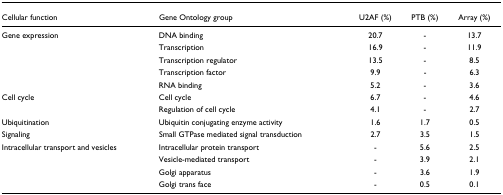
<table><thead><tr><td><b>Cellular function</b></td><td><b>Gene Ontology group</b></td><td><b>U2AF (%)</b></td><td><b>PTB (%)</b></td><td><b>Array (%)</b></td></tr></thead><tbody><tr><td>Gene expression</td><td>DNA binding</td><td>20.7</td><td>-</td><td>13.7</td></tr><tr><td></td><td>Transcription</td><td>16.9</td><td>-</td><td>11.9</td></tr><tr><td></td><td>Transcription regulator</td><td>13.5</td><td>-</td><td>8.5</td></tr><tr><td></td><td>Transcription factor</td><td>9.9</td><td>-</td><td>6.3</td></tr><tr><td></td><td>RNA binding</td><td>5.2</td><td>-</td><td>3.6</td></tr><tr><td>Cell cycle</td><td>Cell cycle</td><td>6.7</td><td>-</td><td>4.6</td></tr><tr><td></td><td>Regulation of cell cycle</td><td>4.1</td><td>-</td><td>2.7</td></tr><tr><td>Ubiquitination</td><td>Ubiquitin conjugating enzyme activity</td><td>1.6</td><td>1.7</td><td>0.5</td></tr><tr><td>Signaling</td><td>Small GTPase mediated signal transduction</td><td>2.7</td><td>3.5</td><td>1.5</td></tr><tr><td>Intracellular transport and vesicles</td><td>Intracellular protein transport</td><td>-</td><td>5.6</td><td>2.5</td></tr><tr><td></td><td>Vesicle-mediated transport</td><td>-</td><td>3.9</td><td>2.1</td></tr><tr><td></td><td>Golgi apparatus</td><td>-</td><td>3.6</td><td>1.9</td></tr><tr><td></td><td>Golgi trans face</td><td>-</td><td>0.5</td><td>0.1</td></tr></tbody></table>